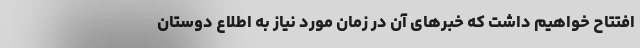
افتتاح خواهیم داشت که خبرهای آن در زمان مورد نیاز به اطلاع دوستان